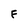
Character: F